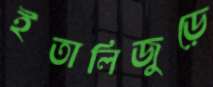
ইতালিজুড়ে